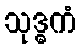
သုဒ္ဓကံ